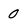
Character: 0